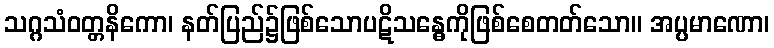
သဂ္ဂသံဝတ္တနိကော၊ နတ်ပြည်၌ဖြစ်သောပဋိသန္ဓေကိုဖြစ်စေတတ်သော။ အပ္ပမာဏော၊